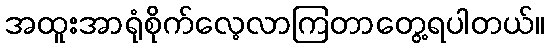
အထူးအာရုံစိုက်လေ့လာကြတာတွေ့ရပါတယ်။